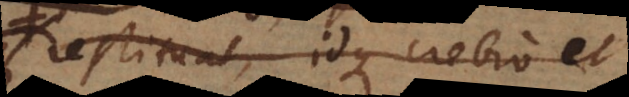
restituat, idque crebro et